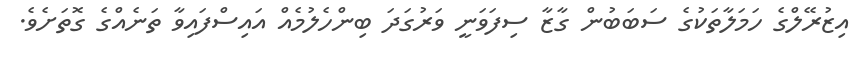
އިޒުރޭލްގެ ހަމަލާތަކުގެ ސަބަބުން ގާޒާ ސިފަވަނީ ވަރުގަދަ ބިންހެލުމެއް އައިސްފައިވާ ތަނެއްގެ ގޮތަށެވެ.